Enquiry on enteric fever in India - Number 32
Disease focus: Fever
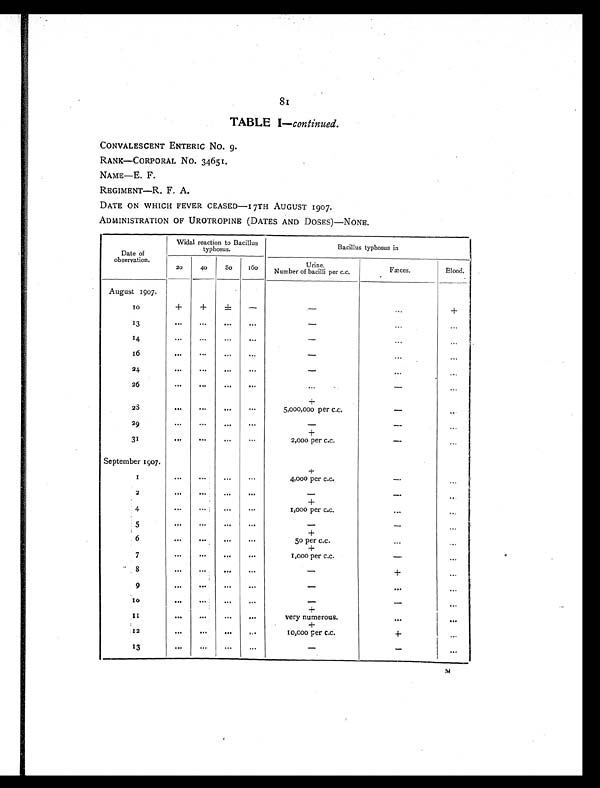
8
1
TABLE I— continued.
CONVALESCENT ENTERIC No. 9.
RANK—CORPORAL No. 34651.
NAME—E. F.
REGIMENT—R. F. A.
DATE ON WHICH FEVER CEASED—I7TH AUGUST 1907.
ADMINISTRATION OF UROTROPINE (DATES AND DOSES)—NONE.
Date of
observation.
Widal reaction to Bacillus
typhosus.
Bacillus typhosus in
20
40
80
160
Urine.
Number of bacilli per c.c.
Fæces.
Blood.
August 1907.
1 0
+
+
±
-
- . . .
+
13
. . .
. . .
. . .
. . .
. . . . . .
. . .
1 4
. . .
. . .
. . .
. . .
- . . .
. . .
1 6
. . .
. . .
. . .
. . .
- . . .
. . .
2 4
. . .
. . .
. . .
. . .
-
. . .
. . .
2 6
. . .
. . .
. . .
. . .
. . .
-
. . .
+
2 8
. . .
. . . .
. . .
. . .
5,000,000 per c.c.
-
. . .
29
. . .
. . .
. . .
. . .
- -
. . .
+
31
. . .
...
...
. . .
2,000 per c.c.
-
. . .
September 1907.
+
1
. . .
. . .
. . .
4,000 per c.c.
-
. . .
2
. . .
...
. . .
. . .
-
-
. . .
+
4
. . . ...
. . .
. . .
1,000 per c.c.
. . .
. . .
5
. . .
. . .
. . .
. . .
- -
. . .
+
6
. . . ...
. . .
. . .
50 per c.c.
. . .
. . .
+
7
...
...
. . .
. . .
I,000 per c.c.
-
. . .
8
. . .
...
. . .
...
- +
. . .
9
. . .
. . .
. . .
. . .
- . . .
. . .
1 0
. . .
...
. . .
. . .
- - -
. . .
+
1 1
. . .
. . .
. . .
. . .
very numerous.
. . .
...
+
12
. . .
. . .
. . .
. . .
10,000 per c.c.
+
. . .
13
. . .
...
. . .
. . .
-
-
. . .